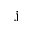
{ \bf j }